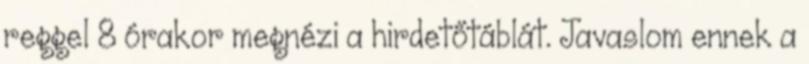
reggel 8 órakor megnézi a hirdetőtáblát. Javaslom ennek a